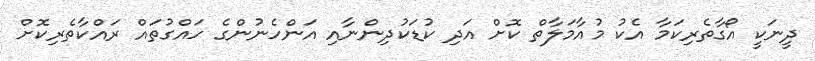
ދީނަކީ އޯގާތެރިކަމާ އެކު މުއާމަލާތް ކޮށް އަދި ކުޑަކުދިންނާއި އަންހެނުންގެ ހައްގުތައް ރައްކާތެރިކޮށް